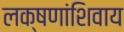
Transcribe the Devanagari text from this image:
लक्षणांशिवाय